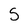
Character: S